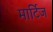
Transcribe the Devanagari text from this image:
मार्टिज